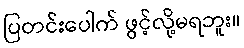
ပြတင်းပေါက် ဖွင့်လို့မရဘူး။